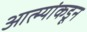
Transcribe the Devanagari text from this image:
आत्म्यांकडून